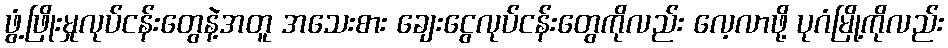
ဖွံ့ဖြိုးမှုလုပ်ငန်းတွေနဲ့အတူ အသေးစား ချေးငွေလုပ်ငန်းတွေကိုလည်း လေ့လာဖို့ ပုဂံမြို့ကိုလည်း